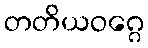
တတိယဝဂ္ဂေ